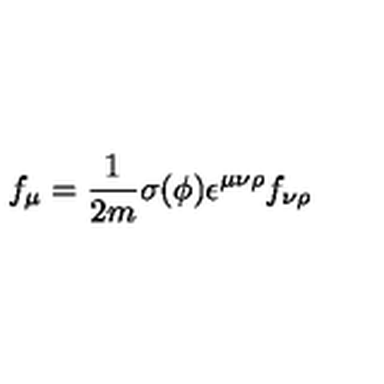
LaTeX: f _ { \mu } = \frac { 1 } { 2 m } \sigma ( \phi ) \epsilon ^ { \mu \nu \rho } f _ { \nu \rho }